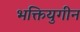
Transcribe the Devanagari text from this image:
भक्तियुगीन